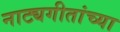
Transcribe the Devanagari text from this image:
नाट्यगीतांच्या